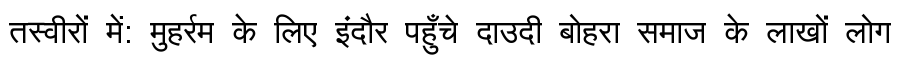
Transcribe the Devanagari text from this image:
तस्वीरों में: मुहर्रम के लिए इंदौर पहुँचे दाउदी बोहरा समाज के लाखों लोग